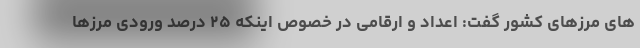
های مرزهای کشور گفت: اعداد و ارقامی در خصوص اینکه ۲۵ درصد ورودی مرزها